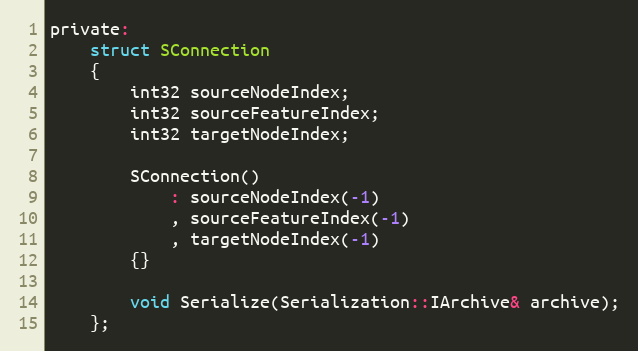
Language: C
private:
	struct SConnection
	{
		int32 sourceNodeIndex;
		int32 sourceFeatureIndex;
		int32 targetNodeIndex;

		SConnection()
			: sourceNodeIndex(-1)
			, sourceFeatureIndex(-1)
			, targetNodeIndex(-1)
		{}

		void Serialize(Serialization::IArchive& archive);
	};